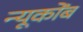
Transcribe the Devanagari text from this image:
न्यूकोंब